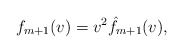
\begin{align*} f_{m+1}(v)=v^2\hat{f}_{m+1}(v),\end{align*}